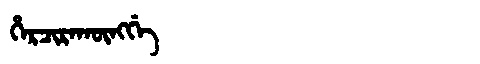
Manchu: ᡥᡝᡵᠴᡳᡵᠠᡴᡡᠩᡤᡝ
Romanization: HERCIRAKŪNGGE